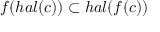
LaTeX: f ( h a l ( c ) ) \subset h a l ( f ( c ) )